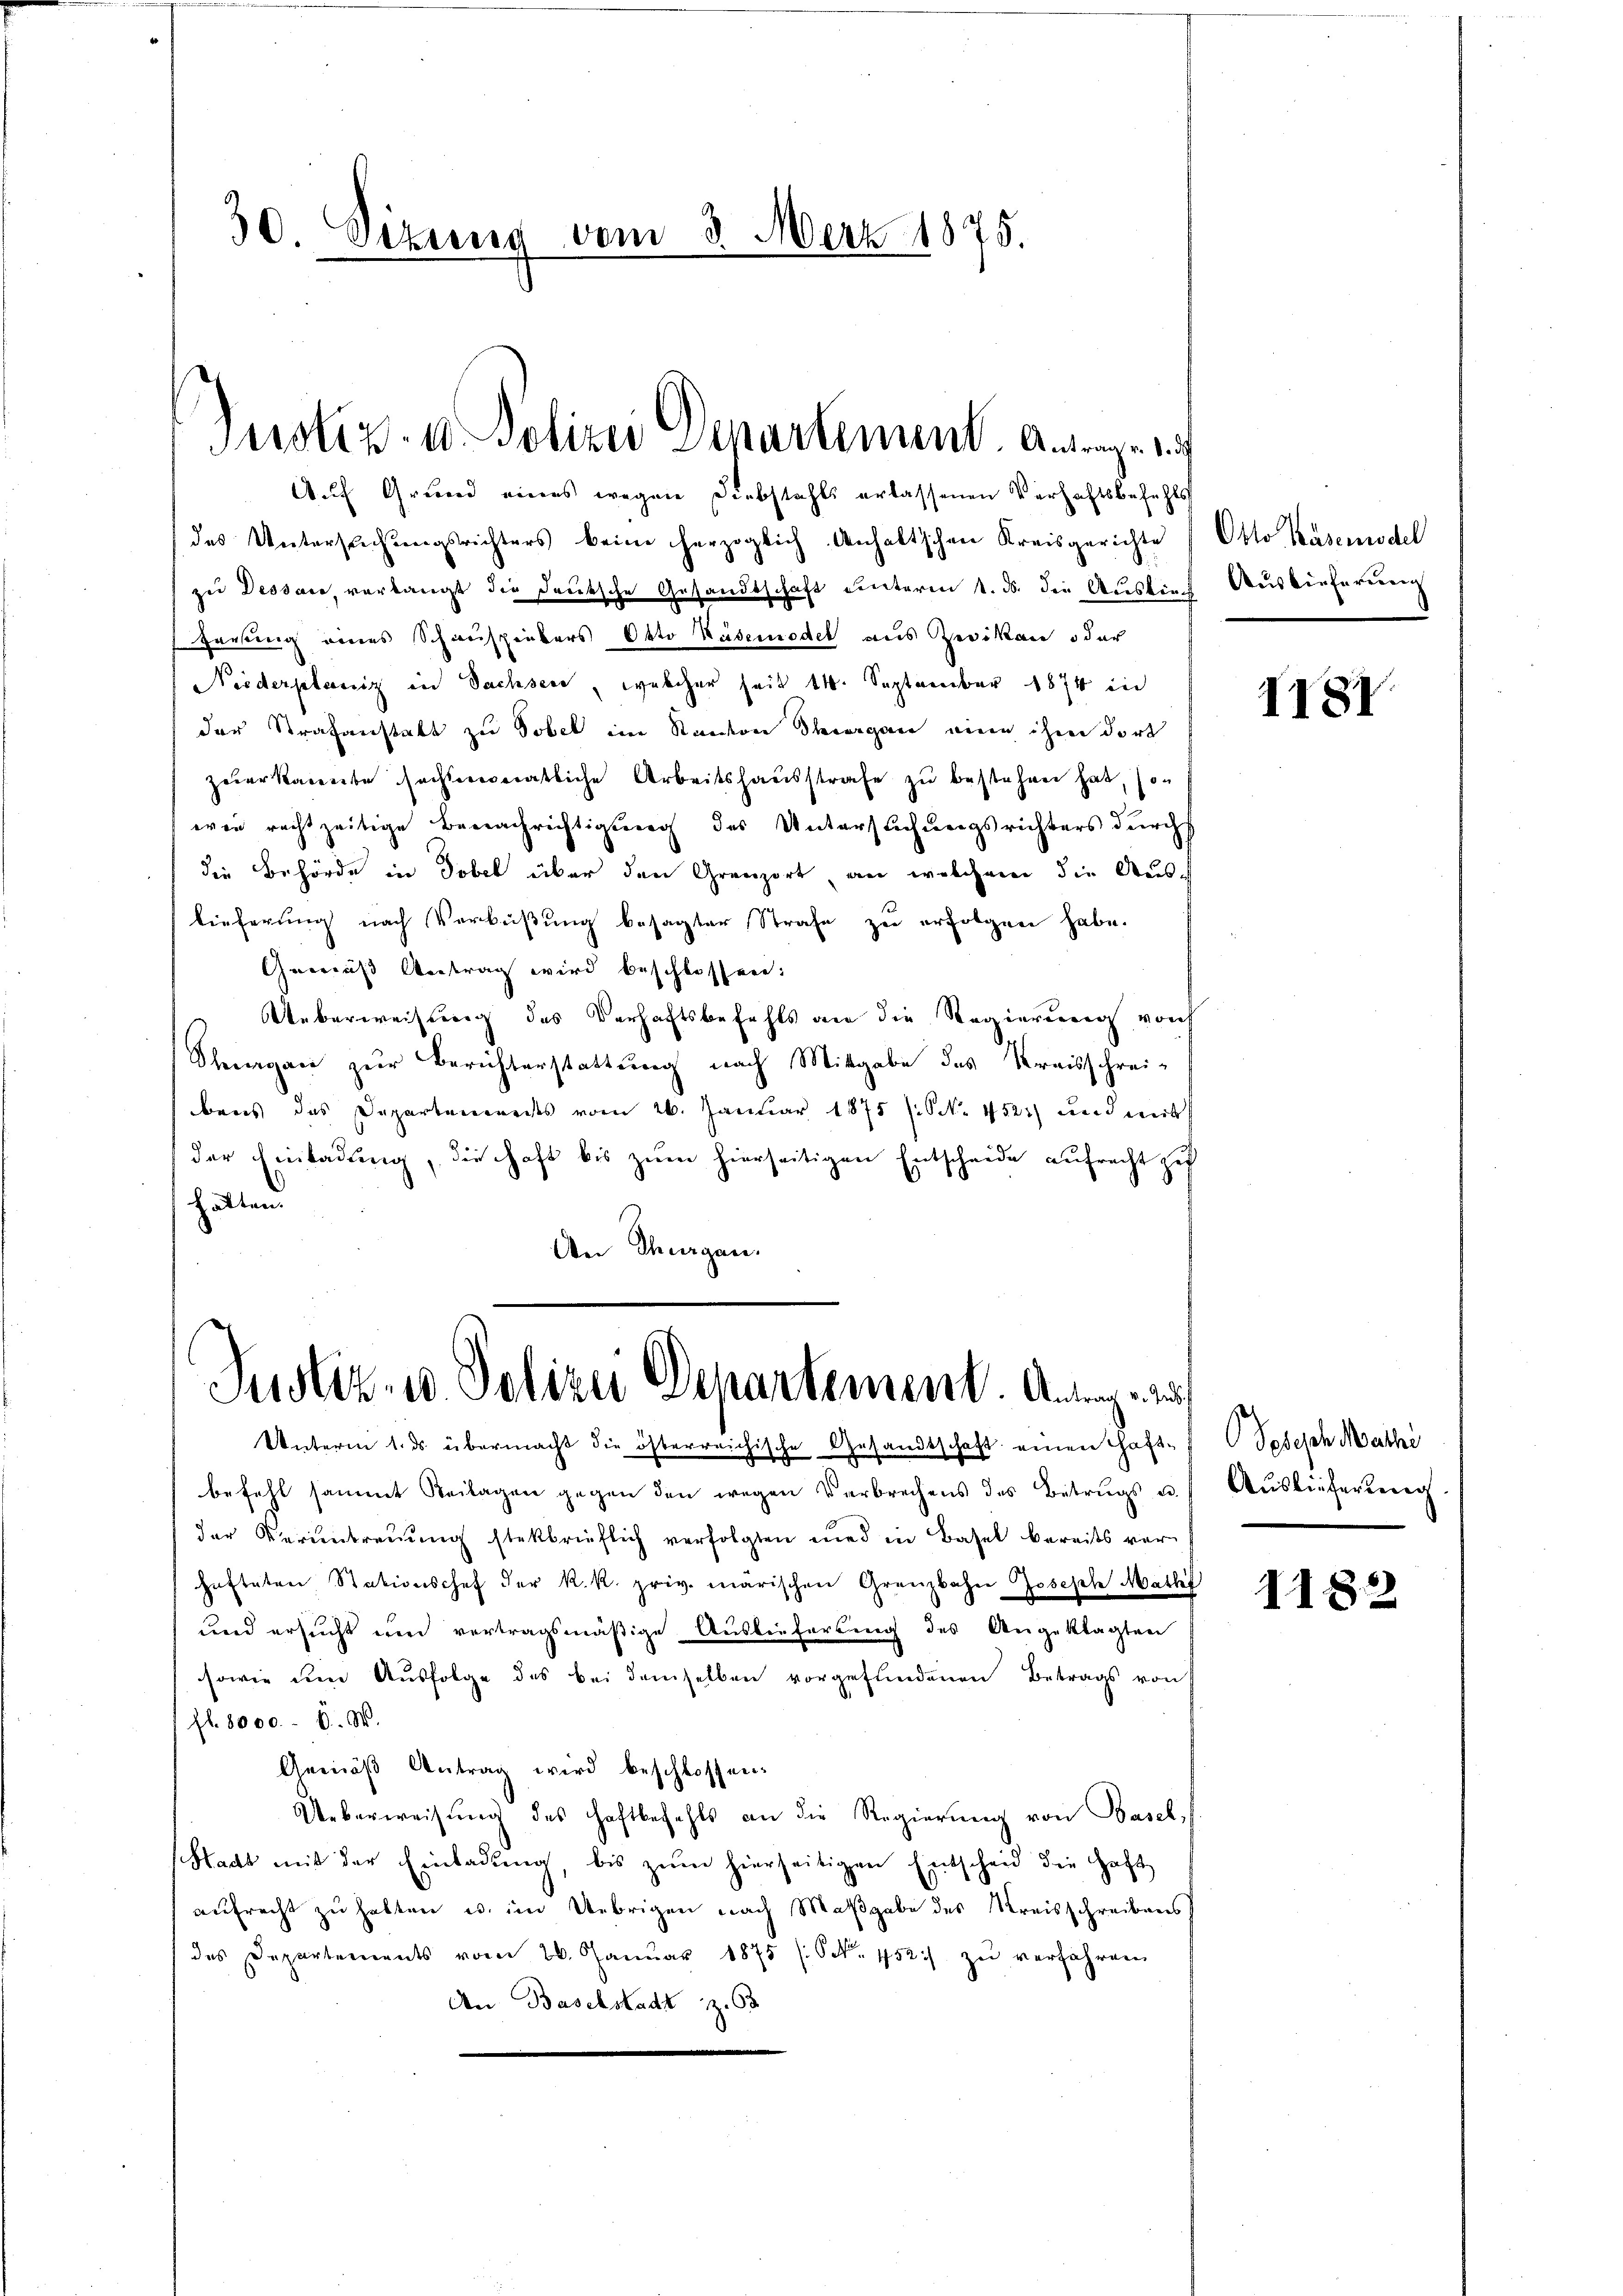
30. Sizung vom 3. Merz 1875.

Justiz- u. Polizei Departement. Antrage u. i

Auf Grund eines wegen Diebstahls erlassenen Verhaftsbefehls
des Untersuchungsrichters beim herzoglich Anhaltschen Kreisgerichte
zu Dessare, verlangt die deutsche Gesandtschaft unterm 1. ds. die Auskünch
Errung eines Schauspielers Okto Käsemedel aus eikan oder
Niederplaniz in Sachsen, welcher seit 14. September 1874 in
der Strafanstalt zu Tobel im Kanton Theorgane ein ihren dort
zuerkannte sechsmonatliche Arbeitshausstrafe zu bestehen hat, son
wie rechtzeitige Benachrichtigung des Untersuchungsrichters durchs
die Behörde in Tobel über den Grenzort, an welchem die Aussch
lieferung nach Verbüßung besagter Strafe zu erfolgen habe.
Gemäß Antrag wird beschlossen:
Ueberweisung des Verhaftsbefehls an die Regierung von
Steuergan zur Berichterstattung nach Mitgabe des Kreisschreibens das Departenereits vom 26. Januar 1875 (N. 1522) und mit
der Einladung, die haft bis zum hierseitigen Entscheide aufrecht zu
halten.
An Thurgau.
Justiz- u. Polizei Departement. Antrag
Unterm 1. ds. übermacht die österreichische Gesandtschaft einen haft-
befehl sammt Beilagen gegen den wegen Verbrechens des Betrugs u.
der Veruntreuung stekbrieflich verfolgten und in Basel bereits verhafteten Stationschef der k. k. priv. märischen Grenzbahn Joseph Mathil
und ersucht mich vertragsmäßige Auslieferung des Angeklagten
sowie um Ausfolge des bei demselben vorgefundenen Betrags von
fl. 8000. 8. W.
Gemäß Antrag wird beschlossen:
Ueberweisŭng des Haftbefehls an die Regierŭng von Basel:
Stadt mit der Einladŭng, bis zŭm hierseitigen Entscheid die Haft
aufrecht zu halten u. im Uebrigen nach Maßgabe des Kreisschreibens
des Departements vom 20. Janŭar 1875 (S. 452 zŭ verfahren
An Baselstadt z. 63

Otto Bäsemodel
Auslieferung

II81

Pesisch Mathi
Auslieferung

1182